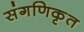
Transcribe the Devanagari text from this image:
संगणिकृत